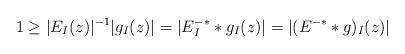
LaTeX: \begin{align*}1\ge |E_I(z)|^{-1}|g_I(z)|= |E^{-*}_I*g_I(z)| = |(E^{-*}*g)_I(z)|\end{align*}